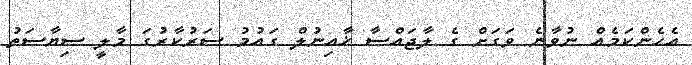
އެހެންކަމެއް ނުވާނެ ވަގަށް ގެ ލާޖައްސާ ޚާއިނުލް ގައުމު ސަރުކާރުގަ މާލީ ސިޔާސަތު